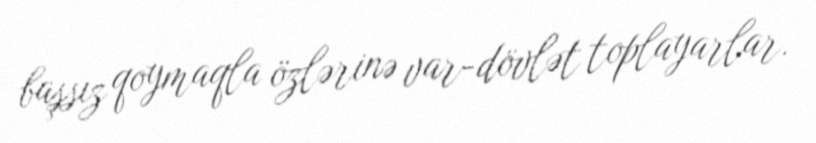
başsız qoymaqla özlərinə var-dövlət toplayarlar.